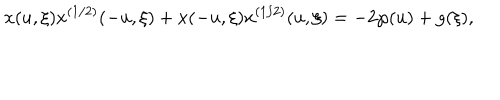
x ( u , \xi ) x ^ { ( 1 / 2 ) } ( - u , \xi ) + x ( - u , \xi ) x ^ { ( 1 / 2 ) } ( u , \xi ) = - 2 \wp ( u ) + g ( \xi ) ,